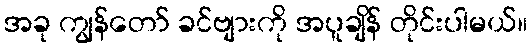
အခု ကျွန်တော် ခင်ဗျားကို အပူချိန် တိုင်းပါမယ်။